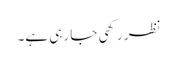
نظر رکھی جا رہی ہے۔